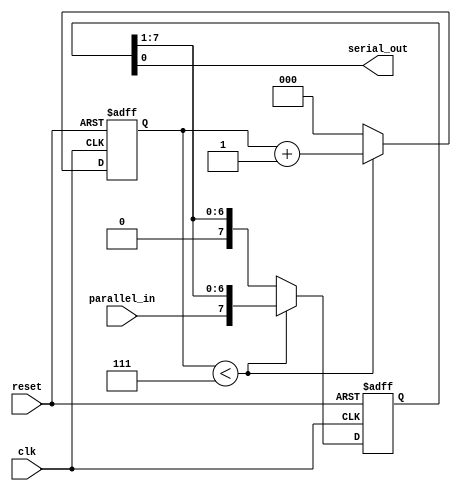
module piso_shift_register (
    input clk, // Clock signal
    input reset, // Reset signal
    input parallel_in, // Parallel input data
    output serial_out // Serial output data
);

reg [7:0] data; // 8-bit data register
reg [2:0] shift_count; // Shift counter

always @(posedge clk or posedge reset) begin
    if (reset) begin
        data <= 8'b0;
        shift_count <= 3'b0;
    end else begin
        if (shift_count < 3'b111) begin
            data <= {parallel_in, data[7:1]}; // Shift data left and load parallel input
            shift_count <= shift_count + 1;
        end else begin
            data <= {1'b0, data[7:1]}; // Shift data left
            shift_count <= 3'b0;
        end
    end
end

assign serial_out = data[0]; // Output serial data

endmodule